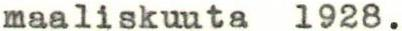
maaliskuuta 1928.